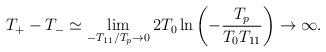
LaTeX: \begin{align*}T_{+}-T_{-}\simeq \lim_{-T_{11}/T_{p}\rightarrow 0}2T_{0}\ln\left(-\frac{T_{p}}{T_{0}T_{11}}\right)\rightarrow \infty .\end{align*}